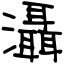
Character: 灄